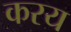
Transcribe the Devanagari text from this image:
करय